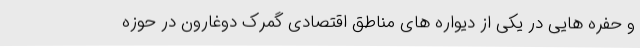
و حفره هایی در یکی از دیواره های مناطق اقتصادی گمرک دوغارون در حوزه